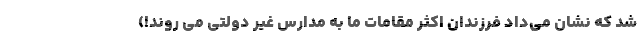
شد که نشان می‌داد فرزندان اکثر مقامات ما به مدارس غیر دولتی می روند!)